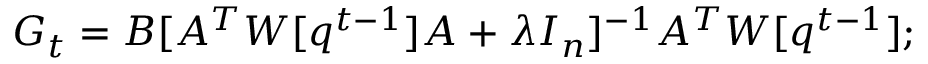
G _ { t } = B [ A ^ { T } W [ q ^ { t - 1 } ] A + \lambda I _ { n } ] ^ { - 1 } A ^ { T } W [ q ^ { t - 1 } ] ;